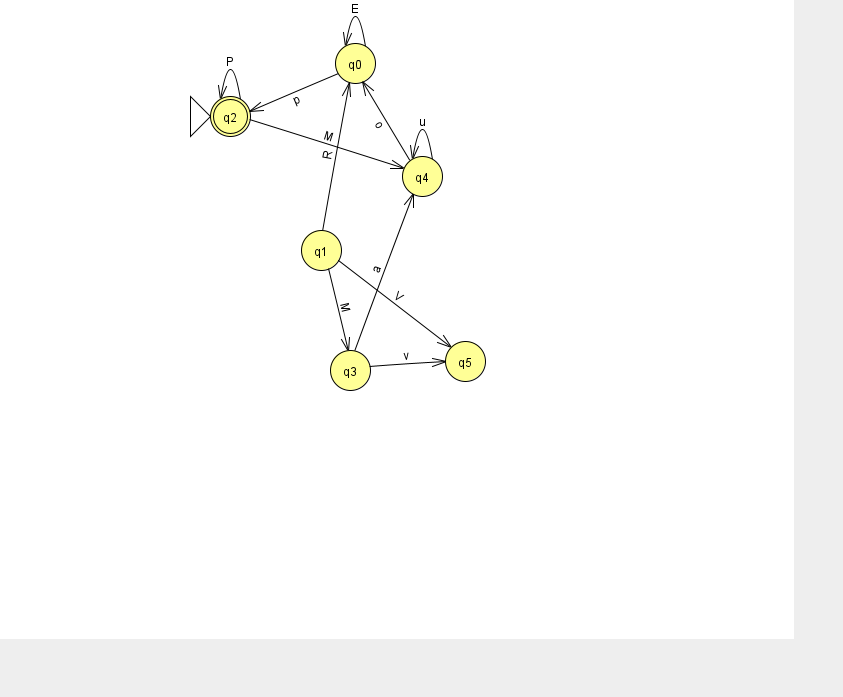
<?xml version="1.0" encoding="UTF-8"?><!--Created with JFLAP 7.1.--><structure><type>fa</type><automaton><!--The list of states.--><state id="0" name="q0"><x>355.0</x><y>50.0</y></state><state id="1" name="q1"><x>321.0</x><y>237.0</y></state><state id="2" name="q2"><x>230.0</x><y>103.0</y><initial/><final/></state><state id="3" name="q3"><x>350.0</x><y>357.0</y></state><state id="4" name="q4"><x>422.0</x><y>163.0</y></state><state id="5" name="q5"><x>465.0</x><y>348.0</y></state><!--The list of transitions.--><transition><from>2</from><to>2</to><read>P</read></transition><transition><from>0</from><to>2</to><read>p</read></transition><transition><from>3</from><to>4</to><read>a</read></transition><transition><from>1</from><to>3</to><read>M</read></transition><transition><from>0</from><to>0</to><read>E</read></transition><transition><from>4</from><to>4</to><read>u</read></transition><transition><from>1</from><to>5</to><read>V</read></transition><transition><from>2</from><to>4</to><read>M</read></transition><transition><from>4</from><to>0</to><read>o</read></transition><transition><from>1</from><to>0</to><read>R</read></transition><transition><from>3</from><to>5</to><read>v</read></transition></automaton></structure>